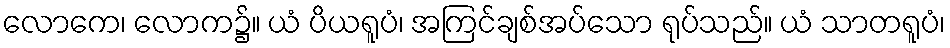
လောကေ၊ လောက၌။ ယံ ပိယရူပံ၊ အကြင်ချစ်အပ်သော ရုပ်သည်။ ယံ သာတရူပံ၊